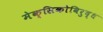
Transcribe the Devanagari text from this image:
मेक्सिकोविरुद्ध